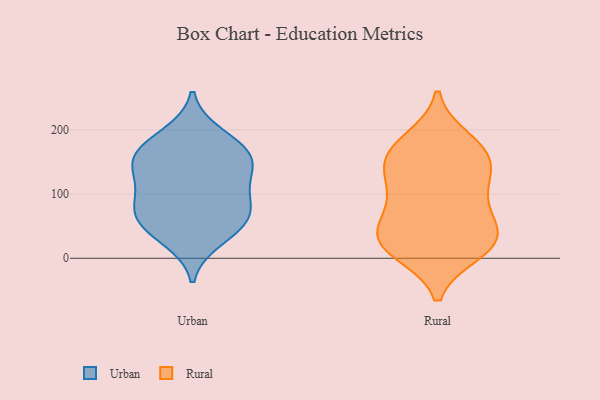
{"axis": {"x": "Waste Production (Tons)", "y": "Value"}, "legend": ["Rural", "Urban"], "data": [{"x": "", "y": 158, "type": "Urban"}, {"x": "", "y": 101, "type": "Urban"}, {"x": "", "y": 29, "type": "Urban"}, {"x": "", "y": 152, "type": "Urban"}, {"x": "", "y": 75, "type": "Urban"}, {"x": "", "y": 136, "type": "Urban"}, {"x": "", "y": 69, "type": "Urban"}, {"x": "", "y": 161, "type": "Urban"}, {"x": "", "y": 193, "type": "Urban"}, {"x": "", "y": 47, "type": "Urban"}, {"x": "", "y": 177, "type": "Urban"}, {"x": "", "y": 86, "type": "Urban"}, {"x": "", "y": 53, "type": "Urban"}, {"x": "", "y": 126, "type": "Urban"}, {"x": "", "y": 22, "type": "Rural"}, {"x": "", "y": 163, "type": "Rural"}, {"x": "", "y": 166, "type": "Rural"}, {"x": "", "y": 118, "type": "Rural"}, {"x": "", "y": 110, "type": "Rural"}, {"x": "", "y": 88, "type": "Rural"}, {"x": "", "y": 36, "type": "Rural"}, {"x": "", "y": 67, "type": "Rural"}, {"x": "", "y": 159, "type": "Rural"}, {"x": "", "y": 183, "type": "Rural"}, {"x": "", "y": 143, "type": "Rural"}, {"x": "", "y": 30, "type": "Rural"}, {"x": "", "y": 11, "type": "Rural"}, {"x": "", "y": 37, "type": "Rural"}, {"x": "", "y": 20, "type": "Rural"}]}